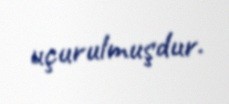
uçurulmuşdur.